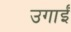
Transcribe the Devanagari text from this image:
उगाईं